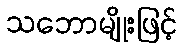
သဘောမျိုးဖြင့်